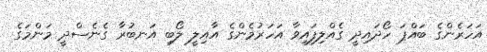
އަހަރެންގެ ބައްޕަ ހޯދައިދީ ގެއްލިފައިވާ އަހަރުމެންގެ އާއިލީ ލޯބި އަނބުރާ ގެނެސްދީ މަންމަގެ